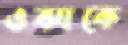
ওঝাকে